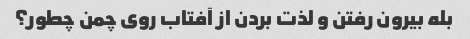
بله بیرون رفتن و لذت بردن از آفتاب روی چمن چطور؟